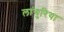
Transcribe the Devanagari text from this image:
लांगुरिया